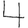
Digit: 4